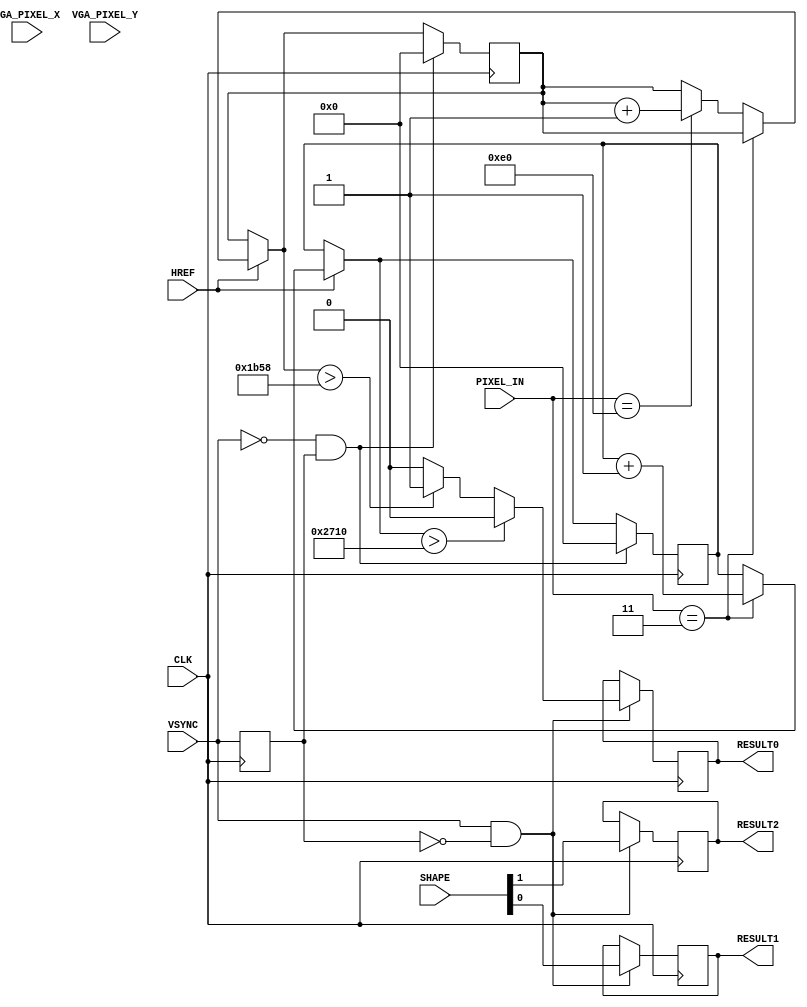
`define SCREEN_WIDTH 176
`define SCREEN_HEIGHT 144
`define NUM_BARS 3
`define BAR_HEIGHT 48

module IMAGE_PROCESSOR (
	PIXEL_IN,
	CLK,
	VGA_PIXEL_X,
	VGA_PIXEL_Y,
	VSYNC,
	RESULT2,
	RESULT1,
	RESULT0,
	HREF,
	SHAPE
);


//=======================================================
//  PORT declarations
//=======================================================
input	[7:0]	PIXEL_IN;
input 		CLK;
input [1:0] SHAPE;
input [9:0] VGA_PIXEL_X;
input [9:0] VGA_PIXEL_Y;
input			VSYNC;
input			HREF;


output reg RESULT0;
output reg RESULT1;
output reg RESULT2;
reg [15:0] countBLUE;
reg [15:0] countRED;
reg [15:0] countNULL;
reg [15:0] R_CNT_THRESHOLD = 16'd7000;
reg [15:0] B_CNT_THRESHOLD = 16'd10000;
reg lastsync = 1'b0;
reg lasthref = 1'b0;
reg [175:0] first_row;
reg [175:0] middle_row;
reg [175:0] last_row;
always @(posedge CLK) begin
	if(HREF) begin
	
		if(PIXEL_IN == 8'b00000011 ) begin countBLUE = countBLUE + 16'd1; end
		else if(PIXEL_IN == 8'b11100000) begin countRED = countRED + 16'b1; end
		else begin countNULL = countNULL + 16'd1; end
		
	end
	if(VSYNC && ~lastsync) begin //posedge VSYNC (end of frame - assign shapes & colors)
		RESULT1 = SHAPE[0];
		RESULT2 = SHAPE[1];
		if(countBLUE > B_CNT_THRESHOLD) begin RESULT0 = 1'b0; end
		else if(countRED > R_CNT_THRESHOLD) begin RESULT0 = 1'b1; end
		else begin RESULT0 = 1'b0; end
	end	
	if(VSYNC == 1'b0 && lastsync == 1'b1) begin //negedge VSYNC (reset count)
		countBLUE = 16'b0;
		countRED = 16'b0;
		countNULL = 16'b0;
	end
	lastsync = VSYNC;
end

endmodule